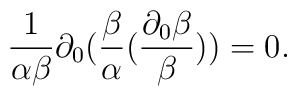
\frac{1}{\alpha \beta} \partial_0 (\frac{\beta}{\alpha} (\frac{\partial_0 \beta}{\beta} ) )  = 0 .